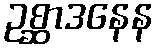
ဥစ္ဆာဒနေန